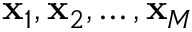
\mathbf { x } _ { 1 } , \mathbf { x } _ { 2 } , \ldots , \mathbf { x } _ { M }